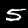
Digit: 5